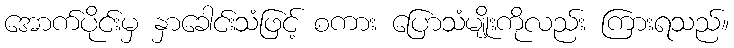
အောက်ပိုင်းမှ နှာခေါင်းသံဖြင့် စကား ပြောသံမျိုးကိုလည်း ကြားရသည်။